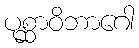
ပုစ္ဆာဝိဘာဂေါ